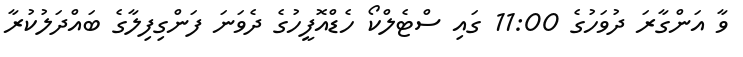
ވާ އަންގާރަ ދުވަހުގެ 11:00 ގައި ސްޓެލްކޯ ހެޑްއޮފީހުގެ ދެވަނަ ފަންގިފިލާގެ ބައްދަލުކުރާ